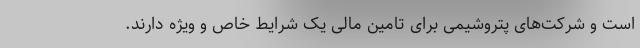
است و شرکت‌های پتروشیمی برای تامین مالی یک شرایط خاص و ویژه دارند.